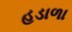
હડાળા